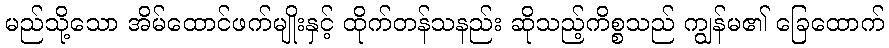
မည်သို့သော အိမ်ထောင်ဖက်မျိုးနှင့် ထိုက်တန်သနည်း ဆိုသည့်ကိစ္စသည် ကျွန်မ၏ ခြေထောက်